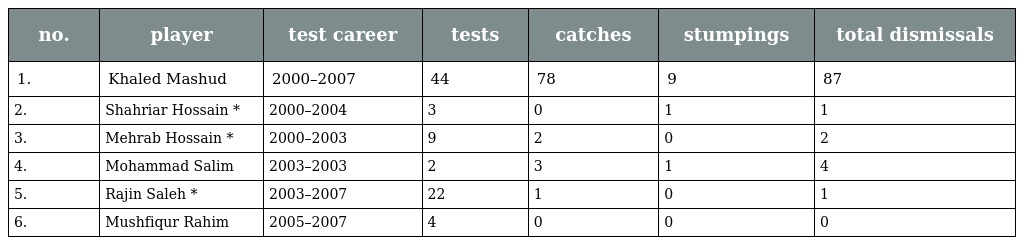
| no. | player | test career | tests | catches | stumpings | total dismissals |
 | --- | --- | --- | --- | --- | --- | --- |
 | 1. | Khaled Mashud | 2000–2007 | 44 | 78 | 9 | 87 |
 | 2. | Shahriar Hossain * | 2000–2004 | 3 | 0 | 1 | 1 |
 | 3. | Mehrab Hossain * | 2000–2003 | 9 | 2 | 0 | 2 |
 | 4. | Mohammad Salim | 2003–2003 | 2 | 3 | 1 | 4 |
 | 5. | Rajin Saleh * | 2003–2007 | 22 | 1 | 0 | 1 |
 | 6. | Mushfiqur Rahim | 2005–2007 | 4 | 0 | 0 | 0 |